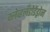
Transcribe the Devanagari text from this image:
क्लेव्हलँडोडेंड्रोन